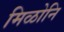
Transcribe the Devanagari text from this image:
मिळोनि